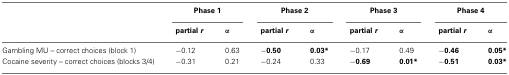
<table><thead><tr><td></td><td colspan="2"><b>Phase 1</b></td><td colspan="2"><b>Phase 2</b></td><td colspan="2"><b>Phase 3</b></td><td colspan="2"><b>Phase 4</b></td></tr><tr><td></td><td><b>partial <i>r</i></b></td><td><b>α</b></td><td><b>partial <i>r</i></b></td><td><b>α</b></td><td><b>partial <i>r</i></b></td><td><b>α</b></td><td><b>partial <i>r</i></b></td><td><b>α</b></td></tr></thead><tbody><tr><td>Gambling MU – correct choices (block 1)</td><td>−0.12</td><td>0.63</td><td>−<b>0.50</b></td><td><b>0.03*</b></td><td>−0.17</td><td>0.49</td><td>−<b>0.46</b></td><td><b>0.05*</b></td></tr><tr><td>Cocaine severity – correct choices (blocks 3/4)</td><td>−0.31</td><td>0.21</td><td>−0.24</td><td>0.33</td><td>−<b>0.69</b></td><td><b>0.01*</b></td><td>−<b>0.51</b></td><td><b>0.03*</b></td></tr></tbody></table>